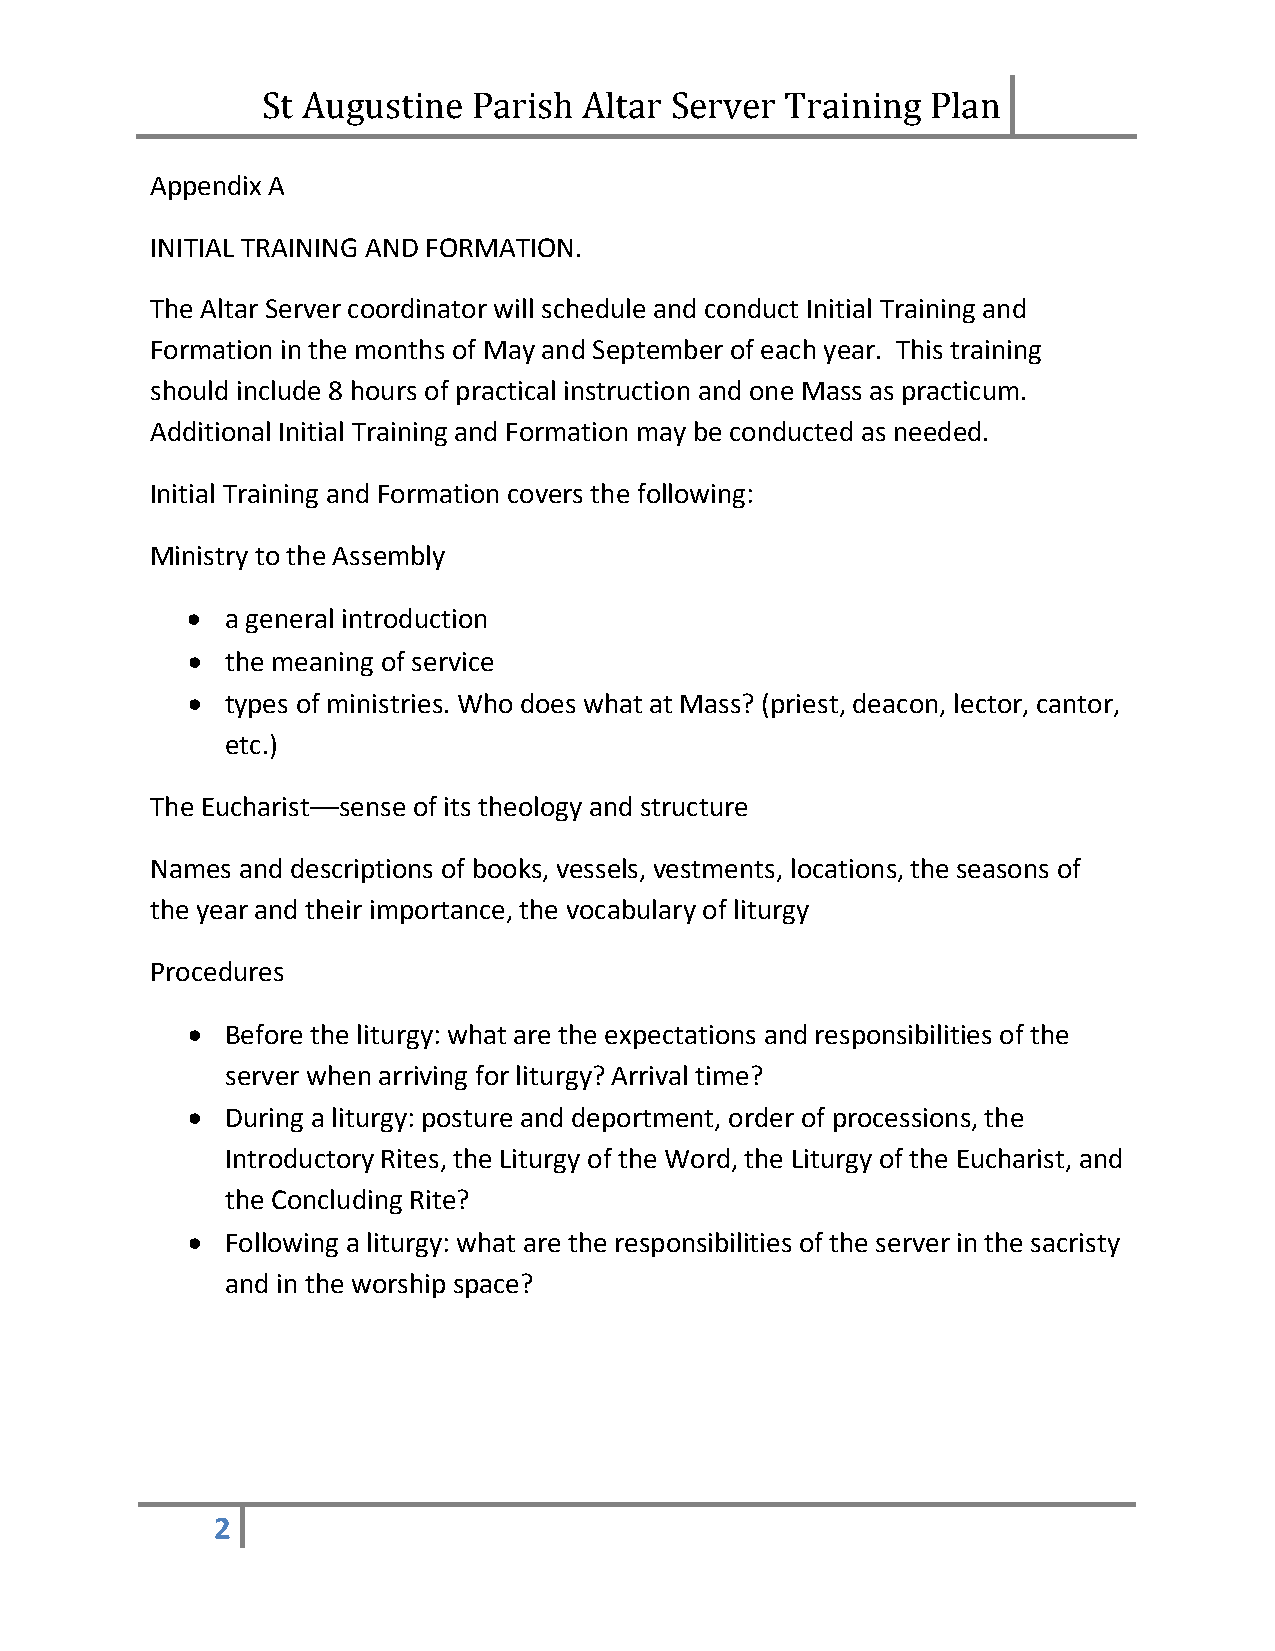
Appendix SAt Augustine Parish Altar Server Training Plan
 INITIAL TRAINING AND FORMATION.
 The Altar Server coordinator will schedule and conduct Initial Training and
 Formation in the months of May and September of each year. This training
 should include 8 hours of practical instruction and one Mass as practicum.
 Additional Initial Training and Formation may be conducted as needed.
 Initial Training and Formation covers the following:
 Ministry to the Assembly
 •  a general introduction
 •  the meaning of service
 •  types of ministries. Who does what at Mass? (priest, deacon, lector, cantor,
 etc.)
 The Eucharist––sense of its theology and structure
 Names and descriptions of books, vessels, vestments, locations, the seasons of
 the year and their importance, the vocabulary of liturgy
 Procedures
 •  Before the liturgy: what are the expectations and responsibilities of the
 server when arriving for liturgy? Arrival time?
 •  During a liturgy: posture and deportment, order of processions, the
 Introductory Rites, the Liturgy of the Word, the Liturgy of the Eucharist, and
 the Concluding Rite?
 •  Following a liturgy: what are the responsibilities of the server in the sacristy
 and in the worship space?
 2